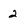
Character: 2